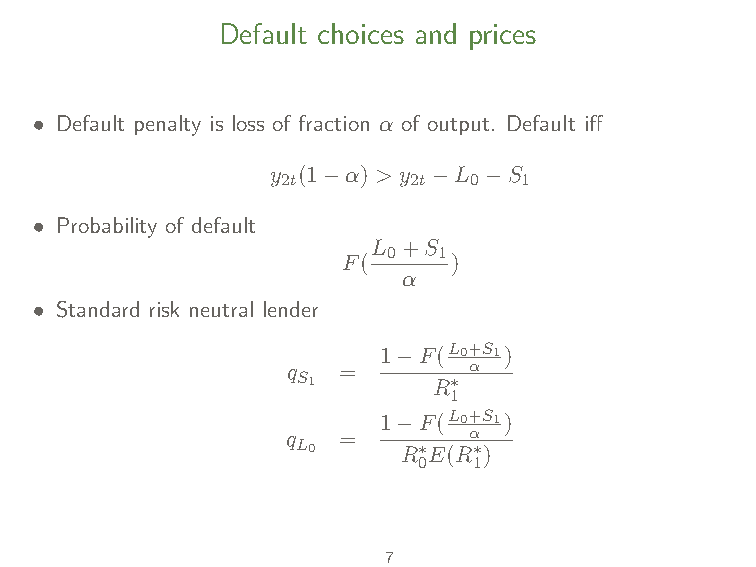
Default choices and prices
 • Default penalty is loss of fraction α of output. Default iff
 y (1−α) > y −L −S
 2t      2t  0   1
 • Probability of default
 L +S
 0  1
 F(     )
 α
 • Standard risk neutral lender
 1−F(L0+S1)
 q  =        α
 S1       R∗
 1
 1−F(L0+S1)
 q  =        α
 L0     R∗E(R∗)
 0  1
 7